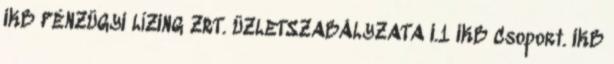
IKB PÉNZÜGYI LÍZING ZRT. ÜZLETSZABÁLYZATA I.1 IKB Csoport. IKB